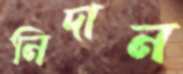
নিদান